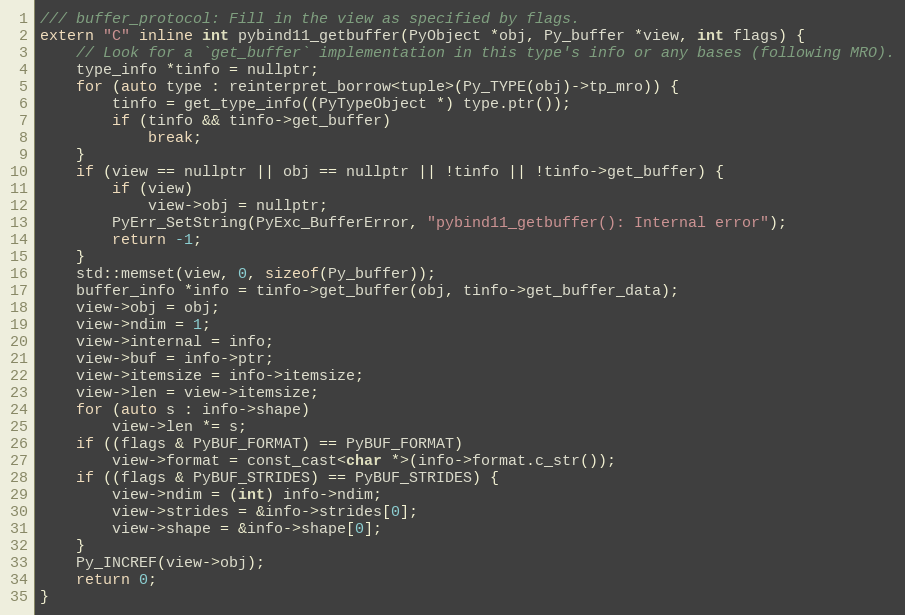
Language: C
/// buffer_protocol: Fill in the view as specified by flags.
extern "C" inline int pybind11_getbuffer(PyObject *obj, Py_buffer *view, int flags) {
    // Look for a `get_buffer` implementation in this type's info or any bases (following MRO).
    type_info *tinfo = nullptr;
    for (auto type : reinterpret_borrow<tuple>(Py_TYPE(obj)->tp_mro)) {
        tinfo = get_type_info((PyTypeObject *) type.ptr());
        if (tinfo && tinfo->get_buffer)
            break;
    }
    if (view == nullptr || obj == nullptr || !tinfo || !tinfo->get_buffer) {
        if (view)
            view->obj = nullptr;
        PyErr_SetString(PyExc_BufferError, "pybind11_getbuffer(): Internal error");
        return -1;
    }
    std::memset(view, 0, sizeof(Py_buffer));
    buffer_info *info = tinfo->get_buffer(obj, tinfo->get_buffer_data);
    view->obj = obj;
    view->ndim = 1;
    view->internal = info;
    view->buf = info->ptr;
    view->itemsize = info->itemsize;
    view->len = view->itemsize;
    for (auto s : info->shape)
        view->len *= s;
    if ((flags & PyBUF_FORMAT) == PyBUF_FORMAT)
        view->format = const_cast<char *>(info->format.c_str());
    if ((flags & PyBUF_STRIDES) == PyBUF_STRIDES) {
        view->ndim = (int) info->ndim;
        view->strides = &info->strides[0];
        view->shape = &info->shape[0];
    }
    Py_INCREF(view->obj);
    return 0;
}